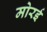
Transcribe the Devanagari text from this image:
मोरई